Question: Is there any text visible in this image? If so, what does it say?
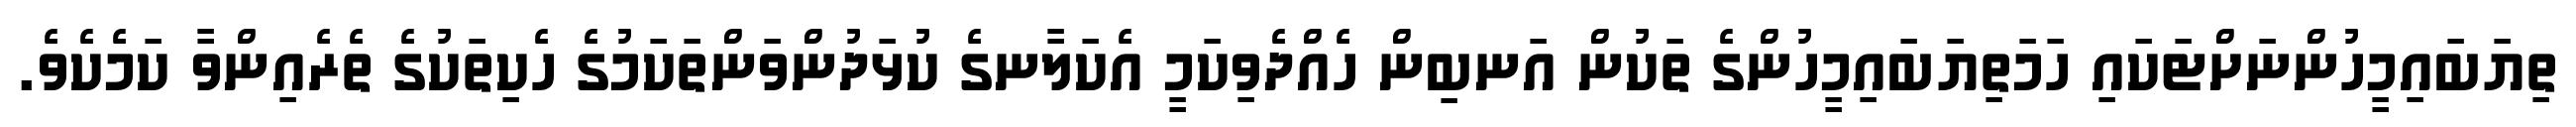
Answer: ތިޔަބައިމީހުންނަށްޓަކައި ހަމަތިޔަބައިމީހުންގެ ތަކުން އަނބިން ހެއްދެވިކަމީ އެކަލާނގެ ކުޅަދުންވަންތަކަމުގެ ހެކިތަކުގެ ތެރެއިންވާ ކަމެކެވެ.